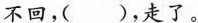
不回，( )，走了。